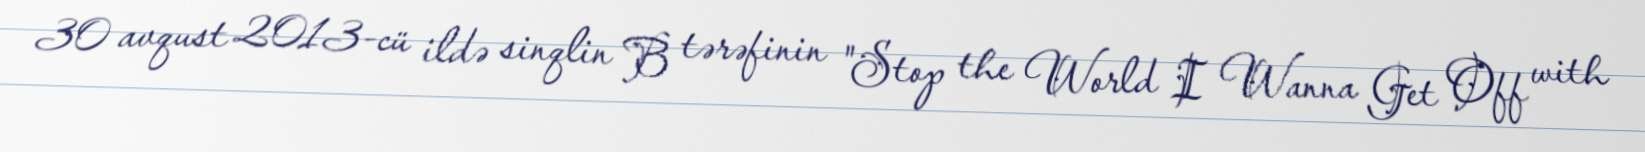
30 avqust 2013-cü ildə sinqlin B tərəfinin "Stop the World I Wanna Get Off with